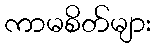
ကာမစိတ်များ